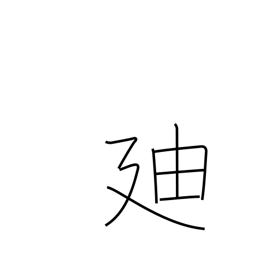
Meaning: proceed